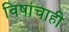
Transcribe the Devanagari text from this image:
विषांचाही